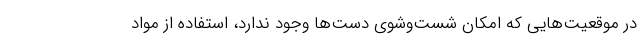
در موقعیت‌هایی که امکان شست‌وشوی دست‌ها وجود ندارد، استفاده از مواد